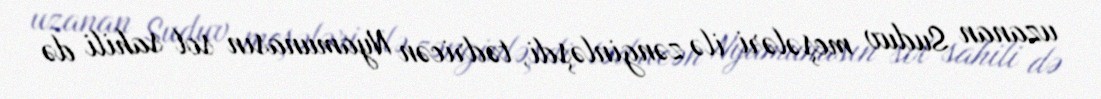
uzanan Suduv meşələri ilə zənginləşdi, tədricən Nyamunasın sol sahili də